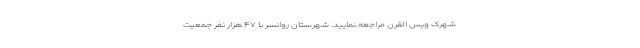
شهرک ویس القرن مراجعه نمایید. شهرستان روانسر با ۴۷ هزار نفر جمعیت